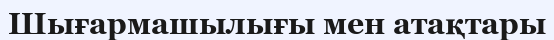
Шығармашылығы мен атақтары